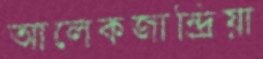
আলেকজান্দ্রিয়া